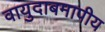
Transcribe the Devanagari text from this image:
वायुदाबमापीय